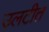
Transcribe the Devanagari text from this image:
उलटीत